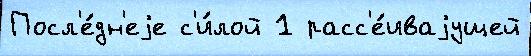
Посл'е́дн'еjе с'и́лой 1 расс'е́иваjущей